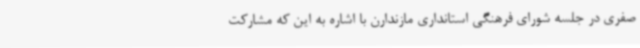
صفری در جلسه شورای فرهنگی استانداری مازندارن با اشاره به این که مشارکت